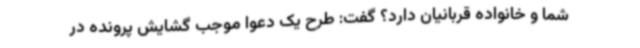
شما و خانواده قربانیان دارد؟ گفت: طرح یک دعوا موجب گشایش پرونده در